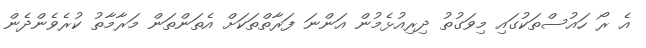
އެ ރޯ ހައުސްތަކުގައި މިވަގުތު ދިރިއުޅެމުން އަންނަ ފަރާތްތަކަށް އެތަންތަން މަރާމާތު ކުރެވެންދެން